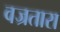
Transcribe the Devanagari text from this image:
वज्रतारा